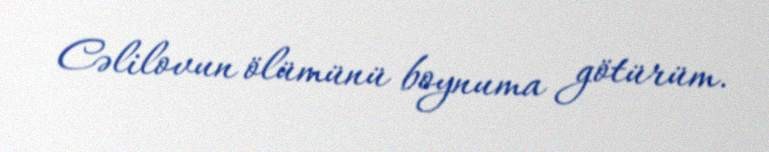
Cəlilovun ölümünü boynuma götürüm.